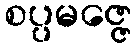
စပ္ပမဇ္ဇေ